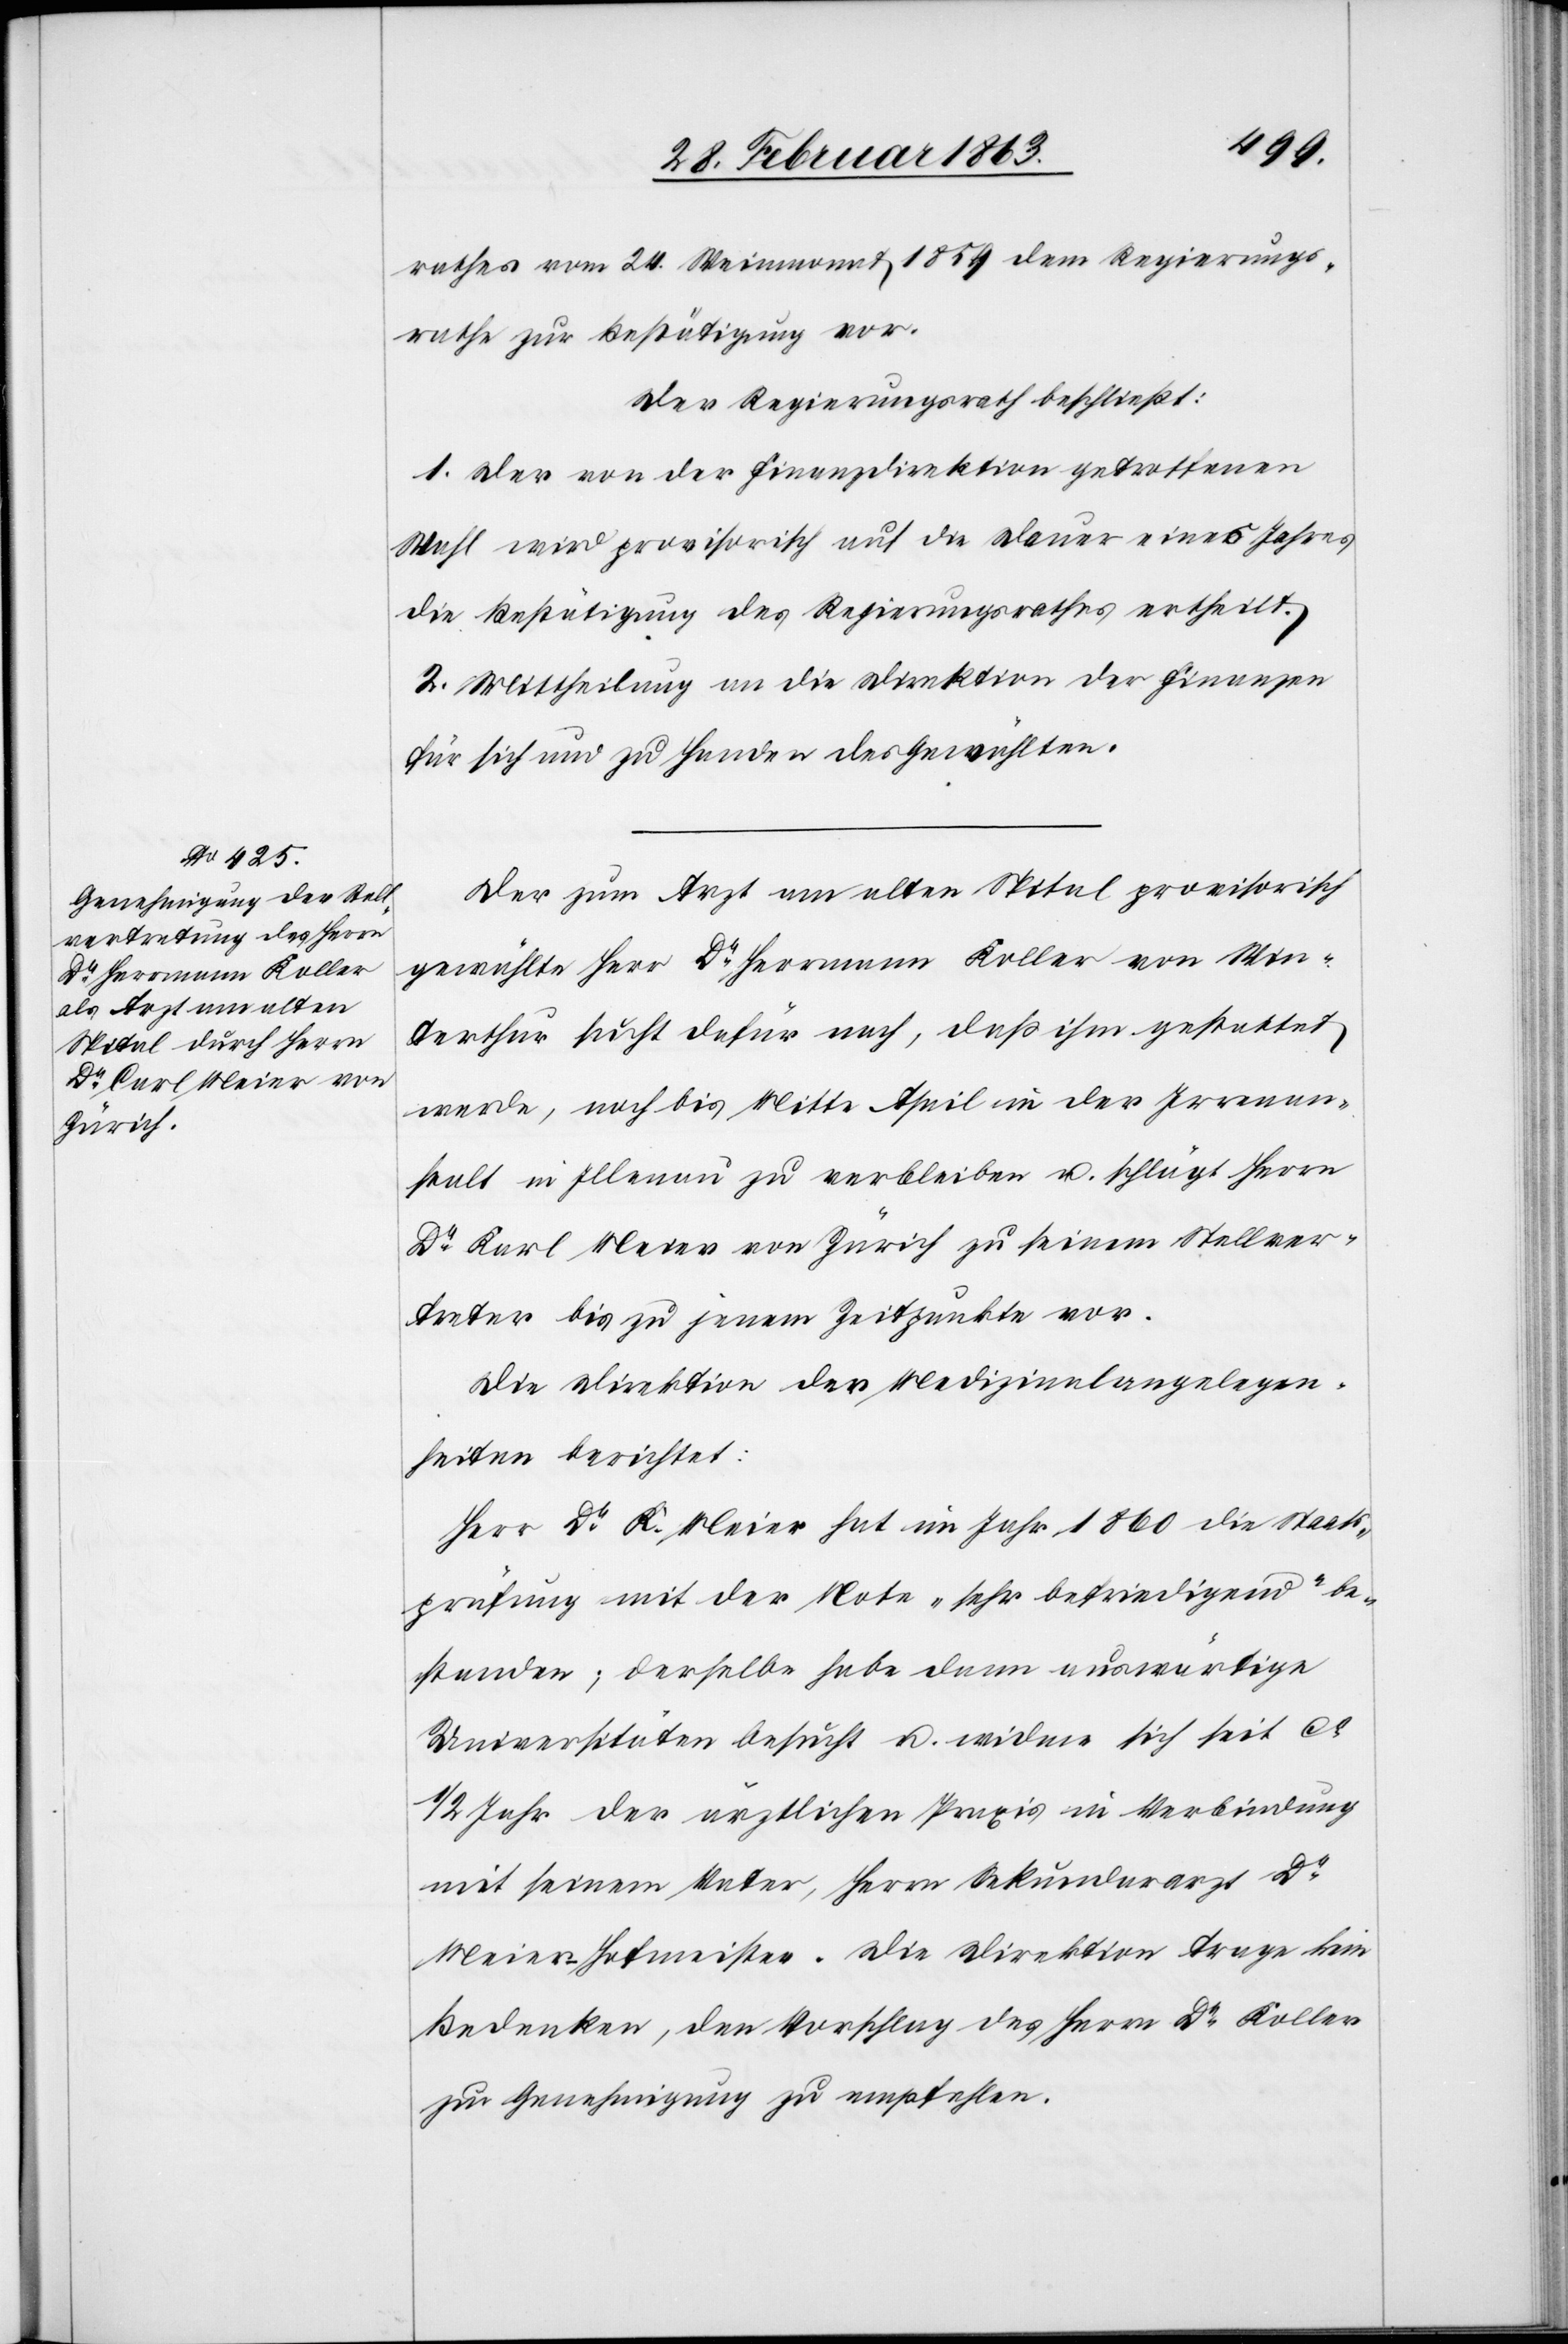
rathes vom 24. Weinmonat 1859 dem Regierungs¬
rathe zur Bestätigung vor.
Der Regierungsrath beschließt:
1. Der von der Finanzdirektion getroffenen
Wahl wird provisorisch auf die Dauer eines Jahres
die Bestätigung des Regierungsrathes ertheilt.
2. Mittheilung an die Direktion der Finanzen
für sich und zu Handen des Gewählten.
Der zum Arzt am alten Spital provisorisch
gewählte Herr Dr Herrmann Koller von Win¬
terthur sucht dafür nach, daß ihm gestattet
werde, noch bis Mitte April in der Irrenan¬
stalt in Illnau zu verbleiben u. schlägt Herrn
Dr Karl Meier von Zürich zu seinem Stellver¬
treter bis zu jenem Zeitpunkte vor.
Die Direktion der Medizinalangelegen¬
heiten berichtet:
Herr Dr K. Meier hat im Jahr 1860 die Staats¬
prüfung mit der Note „sehr befriedigend“ be¬
standen; derselbe habe dann auswärtige
Universitäten besucht u. widme sich seit ca
1/2 Jahr der ärztlichen Praxis in Verbindung
mit seinem Vater, Herrn Sekundararzt Dr
Meier-Hofmeister. Die Direktion trage kein
Bedenken, den Vorschlag des Herrn Dr Koller
zur Genehmigung zu empfehlen.